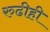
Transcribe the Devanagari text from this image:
रुढीही